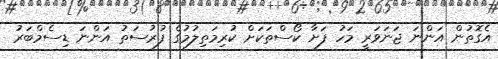
އެގޮތުން އަންނަ ޖަނަވަރީ މަހު ފަށާ ކޯސްތަކަށް ކުރިމަތިލުމުގެ ފުރުސަތު އަންނަ ޑިސެމްބަރު